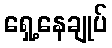
ရှေ့နေချုပ်